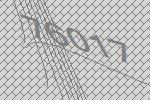
76017